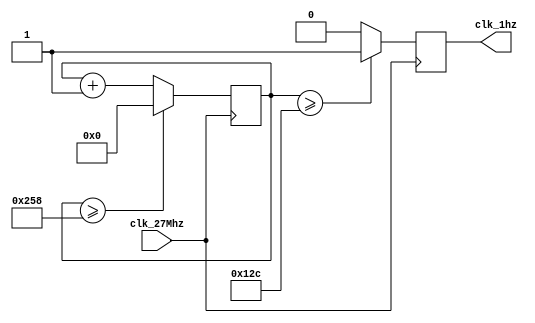
`timescale 1ns / 1ps
//////////////////////////////////////////////////////////////////////////////////
// Company: 
// Engineer: 
// 
// Design Name: 
// Module Name:    minuteClk 
// Project Name: 
// Target Devices: 
// Tool versions: 
// Description: 
//
// Dependencies: 
//
// Revision: 
// Revision 0.01 - File Created
// Additional Comments: 
//
//////////////////////////////////////////////////////////////////////////////////
`timescale 1ns / 1ps
//////////////////////////////////////////////////////////////////////////////////
// Company: 
// Engineer: 
// 
// Design Name: 
// Module Name:    clock1 
// Project Name: 
// Target Devices: 
// Tool versions: 
// Description: 
//
// Dependencies: 
//
// Revision: 
// Revision 0.01 - File Created
// Additional Comments: 
//
//////////////////////////////////////////////////////////////////////////////////
//receives a 27 MHz clk on clk_27Mhz and generates a 1 Hz clk on clk_1hz

module minuteClk(clk_27Mhz, clk_1hz);
input clk_27Mhz; // user clock
output clk_1hz; // divided clock
reg [31:0] count; // counter, is bigger then we need in case you wanna play with it
reg clk_1hz; // don't forget the register

initial // This describes what to do as soon as machine turns on
begin
clk_1hz<=0; // resetting everything
count<=0;
end

always @(posedge clk_27Mhz) // whenever a rising edge of 27 MHz happens, do:
begin
// This is just a counter:
if (count >= 600)
count <= 0;
else
count <= count + 1;
// counter ends here


// this guy decides if it should be 0 or 1
clk_1hz <= count >= (300) ? 1 : 0;

end

endmodule